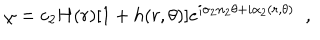
LaTeX: \chi = c _ { 2 } H ( r ) [ 1 + h ( r , \theta ) ] e ^ { i \sigma _ { 2 } n _ { 2 } \theta + i \alpha _ { 2 } ( r , \theta ) } \; \; ,